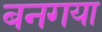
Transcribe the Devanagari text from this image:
बनगया